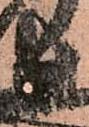
長